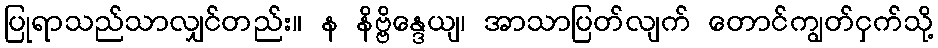
ပြုရာသည်သာလျှင်တည်း။ န နိဗ္ဗိန္ဒေယျ၊ အာသာပြတ်လျက် တောင်ကျွတ်ငှက်သို့